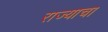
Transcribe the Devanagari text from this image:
राज्‍याचा